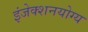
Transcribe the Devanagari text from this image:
इंजेक्शनयोग्य